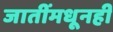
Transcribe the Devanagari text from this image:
जातींमधूनही